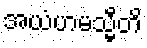
အယံဟမသ္မီတိ